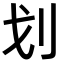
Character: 划